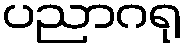
ပညာဂရု